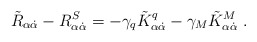
\begin{align*}\tilde R_{\alpha \dot{\alpha}} - R^S_{\alpha \dot{\alpha}} = -\gamma_q\tilde{K}_{\alpha\dot{\alpha}}^q - \gamma_M\tilde{K}_{\alpha\dot{\alpha}}^M \;.\end{align*}